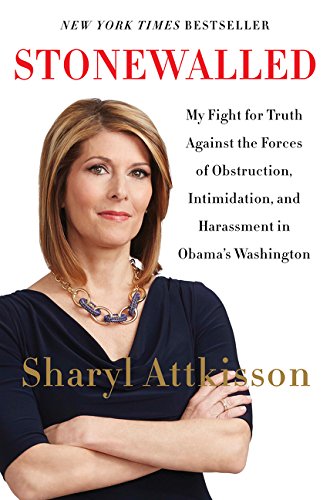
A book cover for Stonewalled: My Fight for Truth Against the Forces of Obstruction, Intimidation, and Harassment in Obama's Washington.; Sharyl Attkisson; Biographies & Memoirs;